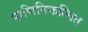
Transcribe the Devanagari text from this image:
पाणिनिकल्पित